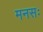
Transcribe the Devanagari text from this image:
मनसः